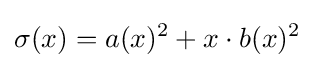
\sigma (x)=a(x)^{2}+x\cdot b(x)^{2}